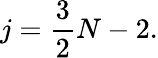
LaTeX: j={\frac{3}{2}}N-2.